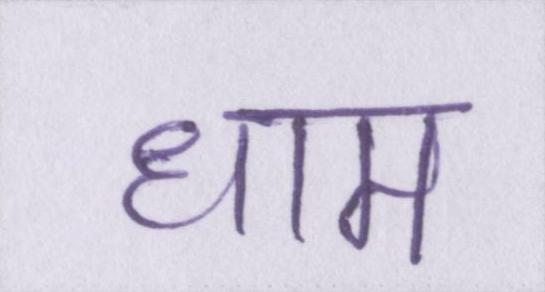
धाम